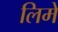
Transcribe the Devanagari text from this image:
लिमे